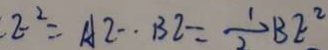
E ^ { 2 } = A E \cdot B E = \frac { 1 } { 2 } B E ^ { 2 }